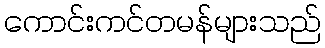
ကောင်းကင်တမန်များသည်